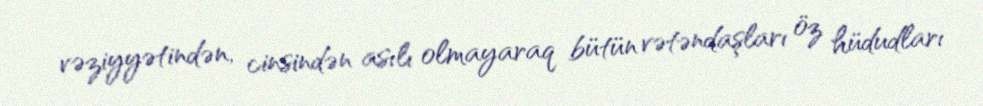
vəziyyətindən, cinsindən asılı olmayaraq bütün vətəndaşları öz hüdudları